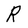
Character: R